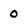
Character: 0